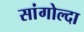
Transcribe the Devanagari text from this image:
सांगोल्दा